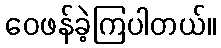
ဝေဖန်ခဲ့ကြပါတယ်။